Scottish Certificate of Education, 1962
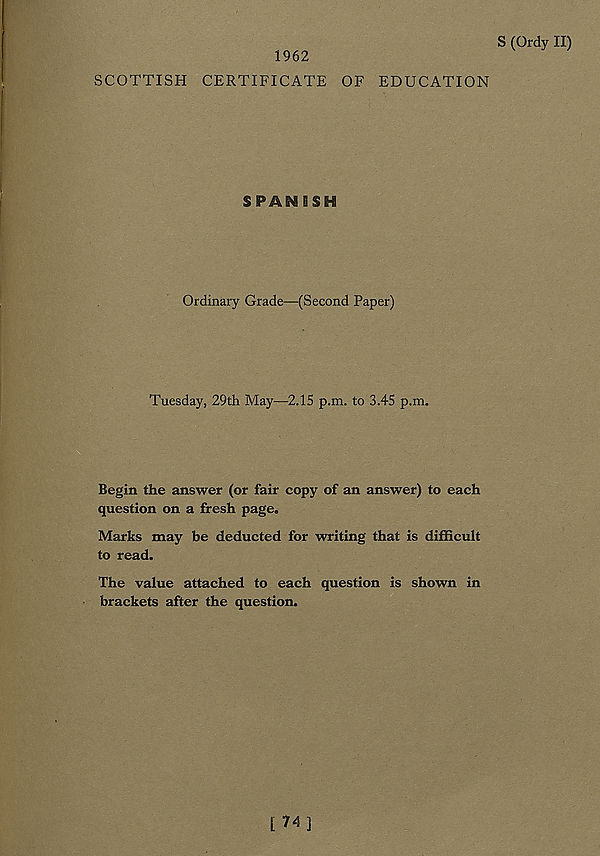
1962
S (Ordy II)
SCOTTISH CERTIFICATE OF EDUCATION
SPANISH
Ordinary Grade—(Second Paper)
Tuesday, 29th May—2.15 p.m. to 3.45 p.m.
Begin the answer (or fair copy of an answer) to each
question on a fresh page.
Marks may be deducted for writing that is difficult
to read.
The value attached to each question is shown in
brackets after the question.